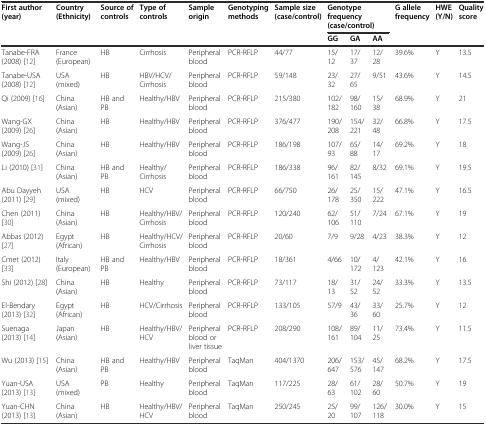
<table><thead><tr><td rowspan="2"><b>First author (year)</b></td><td rowspan="2"><b>Country (Ethnicity)</b></td><td rowspan="2"><b>Source of controls</b></td><td rowspan="2"><b>Type of controls</b></td><td rowspan="2"><b>Sample origin</b></td><td rowspan="2"><b>Genotyping methods</b></td><td rowspan="2"><b>Sample size (case/control)</b></td><td colspan="3"><b>Genotype frequency (case/control)</b></td><td rowspan="2"><b>G allele frequency</b></td><td rowspan="2"><b>HWE (Y/N)</b></td><td rowspan="2"><b>Quality score</b></td></tr><tr><td><b>GG</b></td><td><b>GA</b></td><td><b>AA</b></td></tr></thead><tbody><tr><td>Tanabe-FRA (2008) [12]</td><td>France (European)</td><td>HB</td><td>Cirrhosis</td><td>Peripheral blood</td><td>PCR-RFLP</td><td>44/77</td><td>15/12</td><td>17/37</td><td>12/28</td><td>39.6%</td><td>Y</td><td>13.5</td></tr><tr><td>Tanabe-USA (2008) [12]</td><td>USA (mixed)</td><td>HB</td><td>HBV/HCV/Cirrhosis</td><td>Peripheral blood</td><td>PCR-RFLP</td><td>59/148</td><td>23/32</td><td>27/65</td><td>9/51</td><td>43.6%</td><td>Y</td><td>14.5</td></tr><tr><td>Qi (2009) [16]</td><td>China (Asian)</td><td>HB and PB</td><td>Healthy/HBV</td><td>Peripheral blood</td><td>PCR-RFLP</td><td>215/380</td><td>102/182</td><td>98/160</td><td>15/38</td><td>68.9%</td><td>Y</td><td>21</td></tr><tr><td>Wang-GX (2009) [26]</td><td>China (Asian)</td><td>HB</td><td>Healthy/HBV</td><td>Peripheral blood</td><td>PCR-RFLP</td><td>376/477</td><td>190/208</td><td>154/221</td><td>32/48</td><td>66.8%</td><td>Y</td><td>17.5</td></tr><tr><td>Wang-JS (2009) [26]</td><td>China (Asian)</td><td>HB</td><td>Healthy/HBV</td><td>Peripheral blood</td><td>PCR-RFLP</td><td>186/198</td><td>107/93</td><td>65/88</td><td>14/17</td><td>69.2%</td><td>Y</td><td>18</td></tr><tr><td>Li (2010) [31]</td><td>China (Asian)</td><td>HB and PB</td><td>Healthy/Cirrhosis</td><td>Peripheral blood</td><td>PCR-RFLP</td><td>186/338</td><td>96/161</td><td>82/145</td><td>8/32</td><td>69.1%</td><td>Y</td><td>19.5</td></tr><tr><td>Abu Dayyeh (2011) [29]</td><td>USA (mixed)</td><td>HB</td><td>HCV</td><td>Peripheral blood</td><td>PCR-RFLP</td><td>66/750</td><td>26/178</td><td>25/350</td><td>15/222</td><td>47.1%</td><td>Y</td><td>16.5</td></tr><tr><td>Chen (2011) [30]</td><td>China (Asian)</td><td>HB</td><td>Healthy/HBV/Cirrhosis</td><td>Peripheral blood</td><td>PCR-RFLP</td><td>120/240</td><td>62/106</td><td>51/110</td><td>7/24</td><td>67.1%</td><td>Y</td><td>19</td></tr><tr><td>Abbas (2012) [27]</td><td>Egypt (African)</td><td>HB</td><td>Healthy/HCV/Cirrhosis</td><td>Peripheral blood</td><td>PCR-RFLP</td><td>20/60</td><td>7/9</td><td>9/28</td><td>4/23</td><td>38.3%</td><td>Y</td><td>12</td></tr><tr><td>Cmet (2012) [33]</td><td>Italy (European)</td><td>HB and PB</td><td>Healthy/HBV</td><td>Peripheral blood</td><td>PCR-RFLP</td><td>18/361</td><td>4/66</td><td>10/172</td><td>4/123</td><td>42.1%</td><td>Y</td><td>16</td></tr><tr><td>Shi (2012) [28]</td><td>China (Asian)</td><td>HB</td><td>Healthy</td><td>Peripheral blood</td><td>PCR-RFLP</td><td>73/117</td><td>18/13</td><td>31/52</td><td>24/52</td><td>33.3%</td><td>Y</td><td>13.5</td></tr><tr><td>El-Bendary (2013) [32]</td><td>Egypt (African)</td><td>HB</td><td>HCV/Cirrhosis</td><td>Peripheral blood</td><td>PCR-RFLP</td><td>133/105</td><td>57/9</td><td>43/36</td><td>33/60</td><td>25.7%</td><td>Y</td><td>12</td></tr><tr><td>Suenaga (2013) [14]</td><td>Japan (Asian)</td><td>HB</td><td>Healthy/HBV/HCV</td><td>Peripheral blood or liver tissue</td><td>PCR-RFLP</td><td>208/290</td><td>108/161</td><td>89/104</td><td>11/25</td><td>73.4%</td><td>Y</td><td>11.5</td></tr><tr><td>Wu (2013) [15]</td><td>China (Asian)</td><td>HB and PB</td><td>Healthy/HBV</td><td>Peripheral blood</td><td>TaqMan</td><td>404/1370</td><td>206/647</td><td>153/576</td><td>45/147</td><td>68.2%</td><td>Y</td><td>17.5</td></tr><tr><td>Yuan-USA (2013) [13]</td><td>USA (mixed)</td><td>PB</td><td>Healthy</td><td>Peripheral blood</td><td>TaqMan</td><td>117/225</td><td>28/63</td><td>61/102</td><td>28/60</td><td>50.7%</td><td>Y</td><td>19</td></tr><tr><td>Yuan-CHN (2013) [13]</td><td>China (Asian)</td><td>HB</td><td>Healthy/HBV/HCV</td><td>Peripheral blood</td><td>TaqMan</td><td>250/245</td><td>25/20</td><td>99/107</td><td>126/118</td><td>30.0%</td><td>Y</td><td>15</td></tr></tbody></table>